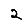
Digit: 2